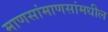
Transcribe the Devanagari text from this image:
माणसांमाणसांमधील